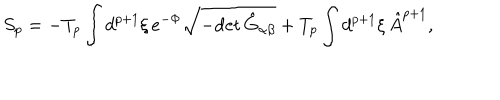
LaTeX: S _ { p } = - T _ { p } \int d ^ { p + 1 } \xi \, e ^ { - \Phi } \sqrt { - \mathrm { d e t } \, \hat { G } _ { \alpha \beta } } + T _ { p } \int d ^ { p + 1 } \xi \, \hat { A } ^ { p + 1 } ,